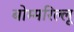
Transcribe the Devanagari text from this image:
बोम्मरिल्लू